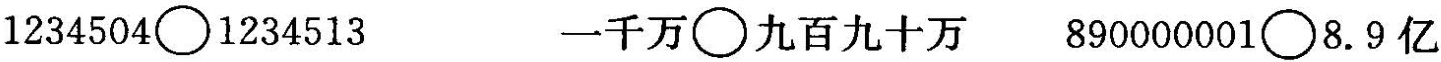
$$1 2 3 4 5 0 4 〇 1 2 3 4 5 1 3$$ $$一 千 万 ○ 九 百 九 十 万$$ $$8 9 0 0 0 0 0 0 1 ○ 8 . 9 亿$$